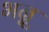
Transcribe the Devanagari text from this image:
भन्नू